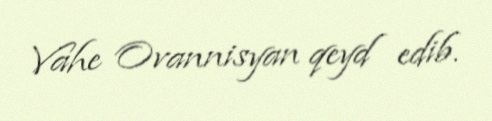
Vahe Ovannisyan qeyd edib.